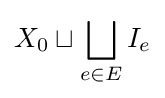
X_{0}\sqcup \bigsqcup _{e\in E}I_{e}